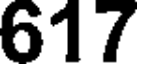
617